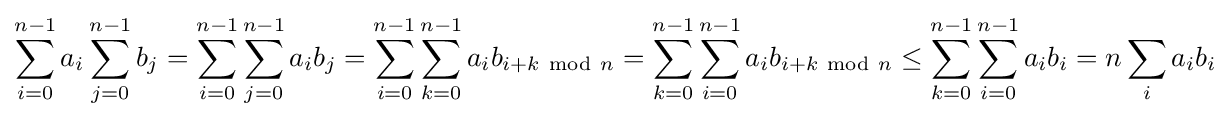
\sum _{i=0}^{n-1}a_{i}\sum _{j=0}^{n-1}b_{j}=\sum _{i=0}^{n-1}\sum _{j=0}^{n-1}a_{i}b_{j}=\sum _{i=0}^{n-1}\sum _{k=0}^{n-1}a_{i}b_{i+k~{\text{mod}}~n}=\sum _{k=0}^{n-1}\sum _{i=0}^{n-1}a_{i}b_{i+k~{\text{mod}}~n}\leq \sum _{k=0}^{n-1}\sum _{i=0}^{n-1}a_{i}b_{i}=n\sum _{i}a_{i}b_{i}